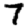
Digit: 7